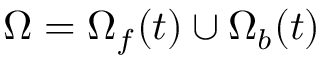
\Omega = \Omega _ { f } ( t ) \cup \Omega _ { b } ( t )